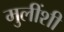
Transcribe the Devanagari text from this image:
मुलींशी